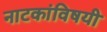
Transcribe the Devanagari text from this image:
नाटकांविषयी